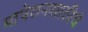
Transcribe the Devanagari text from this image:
माथेरानसाठीचे